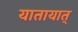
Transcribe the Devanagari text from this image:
यातायात्